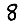
Digit: 8